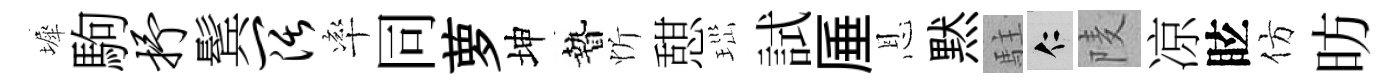
墀駒抒鬂阔率同萝坤贄忻憇𤤼試厜恩黙駐仁𨹧凉眩仿昉